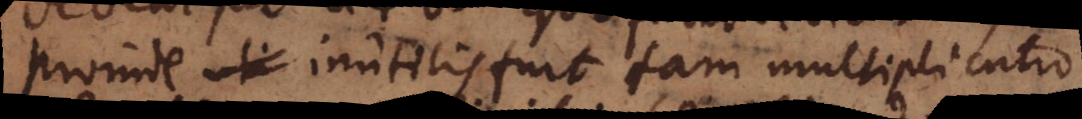
proinde inutilis fuit tam multiplicatio